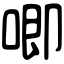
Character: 唧